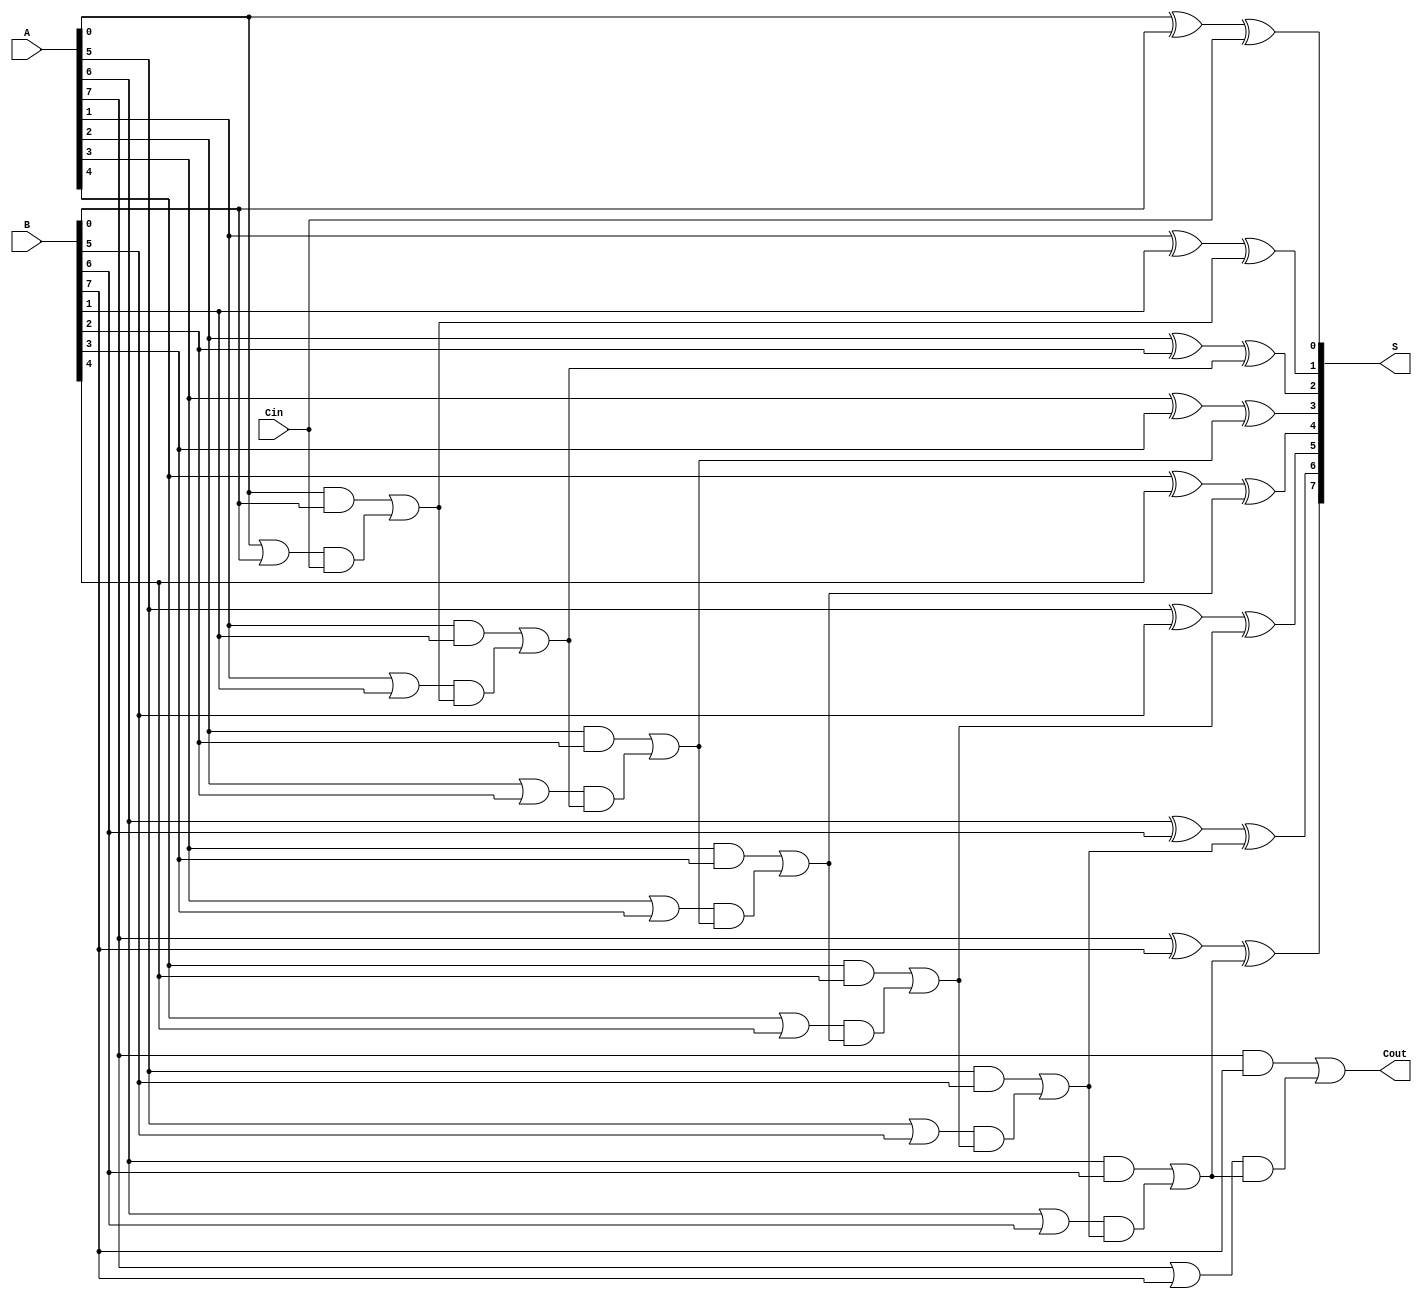
module ManchesterCarryChainAdder #(
    parameter N = 8  // Define the bit-width of the adder
)(
    input  wire [N-1:0] A,    // n-bit input A
    input  wire [N-1:0] B,    // n-bit input B
    input  wire Cin,           // carry-in
    output wire [N-1:0] S,     // n-bit sum output
    output wire Cout           // carry-out
);

    wire [N:0] C;  // Carry signals

    // Generate and Propagate signals
    wire [N-1:0] G;  // Generate signals
    wire [N-1:0] P;  // Propagate signals

    // Calculate Generate and Propagate for each bit
    genvar i;
    generate
        for (i = 0; i < N; i = i + 1) begin : carry_logic
            assign G[i] = A[i] & B[i];    // Generate: Gi = Ai * Bi
            assign P[i] = A[i] | B[i];    // Propagate: Pi = Ai + Bi
        end
    endgenerate

    // Carry chain
    assign C[0] = Cin;  // Initial carry-in
    generate
        for (i = 0; i < N; i = i + 1) begin : carry_chain
            assign C[i+1] = G[i] | (P[i] & C[i]);  // Carry-out: Ci+1 = Gi + (Pi * Ci)
        end
    endgenerate

    // Sum calculation
    generate
        for (i = 0; i < N; i = i + 1) begin : sum_calculation
            assign S[i] = A[i] ^ B[i] ^ C[i];  // Sum: Si = Ai  Bi  Ci
        end
    endgenerate

    // Final carry-out
    assign Cout = C[N];  // Carry-out from the last bit

endmodule